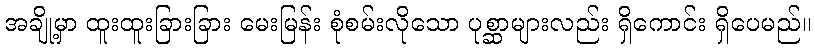
အချို့မှာ ထူးထူးခြားခြား မေးမြန်း စုံစမ်းလိုသော ပုစ္ဆာများလည်း ရှိကောင်း ရှိပေမည်။